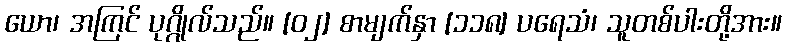
ယော၊ အကြင် ပုဂ္ဂိုလ်သည်။ [၀၂] စာမျက်နှာ [၁၁၈] ပရေသံ၊ သူတစ်ပါးတို့အား။